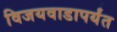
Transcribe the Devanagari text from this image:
विजयवाडापर्यंत